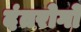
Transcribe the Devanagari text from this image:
दंतरोगों